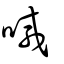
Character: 喊